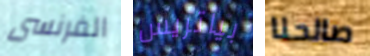
الفرنسى بياتريس صالحنا